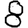
Digit: 8